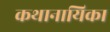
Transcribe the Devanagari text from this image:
कथानायिका